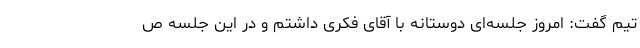
تیم گفت: امروز جلسه‌ای دوستانه با آقای فکری داشتم و در این جلسه ص